Enquiry on enteric fever in India - Number 32
Disease focus: Fever
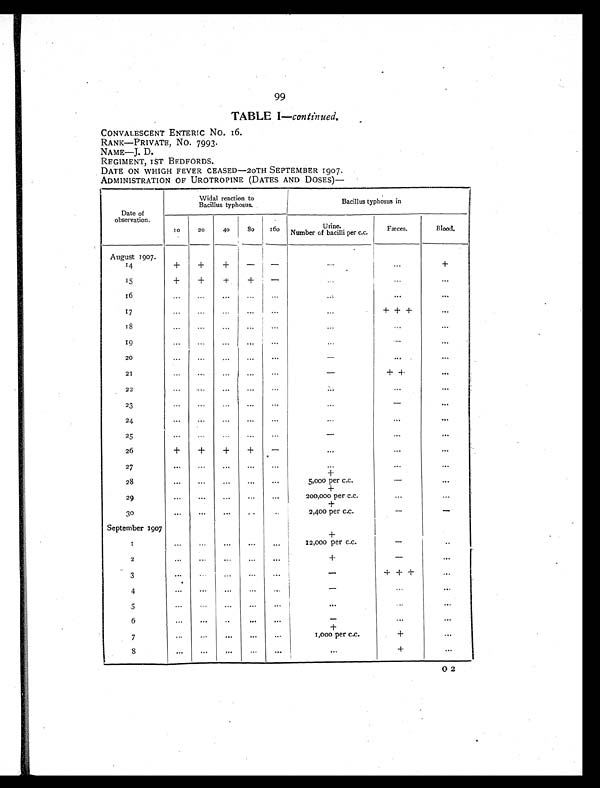
99
TABLE I—continued.
CONVALESCENT ENTERIC NO. 16.
RANK—PRIVATE, No. 7993.
NAME—J. D.
REGIMENT, 1ST BEDFORDS.
DATE ON WHIGH FEVER CEASED—20TH SEPTEMBER 1907.
ADMINISTRATION OF UROTROPINE (DATES AND DOSES)—
Date of
observation.
Widal reaction to
Bacillus typhosus.
Bacillus typhosus in
10
20
40
8
0
160
Urine.
Number of bacilli per c.c.
Fæces.
Blood.
14
+
+ +
-
-
-
. . .
+
15
+
+
+
+
-
...
...
...
16
...
...
...
...
...
...
...
...
17
...
...
...
...
...
...
+ + +
...
18
...
...
...
... . . .
...
. . .
...
19
...
...
...
...
...
...
-
...
20
...
...
...
... ...
-
. . .
...
21
...
...
. . .
. . .
. . .
-
+ +
. . .
22
...
....
...
...
...
. . .
...
...
23
. . .
...
. . .
. . .
. . .
. . .
-
. . .
24
. . .
...
. . .
. . .
. . .
. . .
...
...
25
. . .
...
. . .
. . .
. . .
- ...
. . .
26
+
+
+
+
-
...
...
...
27
. . .
...
. . .
. . .
. . .
...
. . .
...
28
...
...
...
...
...
+
5,000 per c.c.
-
...
29
. . .
...
...
...
...
+
200,000 per C.C.
...
...
30
...
...
. . .
...
. . .
+
2,400 per c.c.
-
-
September 1907
1 ...
...
...
...
...
+
12,000 per c.c.
-
. . .
2
...
...
. . .
...
...
+
-
...
3
...
. . .
. . .
. . .
...
-
+ + +
...
4
. . .
...
. . .
. . .
. . .
- ...
. . .
5
...
. . .
. . .
...
...
...
...
...
6
...
. . .
. . . ... ...
-
. . .
...
7
...
. . . ...
...
...
+
1,000 per c.c.
+
...
8
. . . ...
. . .
...
. . .
. . .
+
. . .
0 2